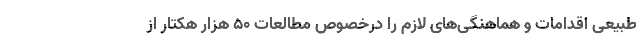
طبیعی اقدامات و هماهنگی‌های لازم را درخصوص مطالعات ۵۰ هزار هکتار از